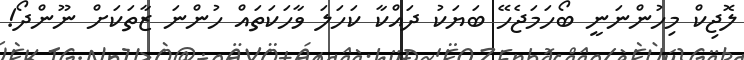
ލޮޖިކް މިހުންނަނީ ބޯހަމަޖެހޭ ބަޔަކު ދައްކާ ކަހަލަ ވާހަކަތައް ހުންނަ ޒާތަކަށް ނޫންދޯ!